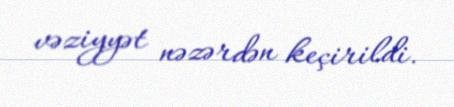
vəziyyət nəzərdən keçirildi.